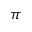
\pi